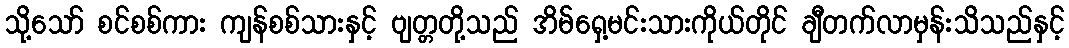
သို့သော် စင်စစ်ကား ကျန်စစ်သားနှင့် ဗျတ္တတို့သည် အိမ်ရှေ့မင်းသားကိုယ်တိုင် ချီတက်လာမှန်းသိသည်နှင့်